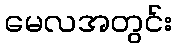
မေလအတွင်း